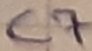
Text: C7